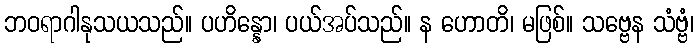
ဘဝရာဂါနုသယသည်။ ပဟိန္နော၊ ပယ်အပ်သည်။ န ဟောတိ၊ မဖြစ်။ သဗ္ဗေန သံဗ္ဗံ၊